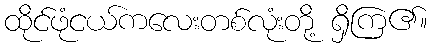
ထိုင်ဖုံငယ်ကလေးတစ်လုံးတို့ ရှိကြ၏။